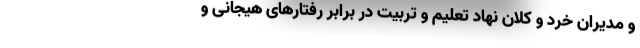
و مدیران خرد و کلان نهاد تعلیم و تربیت در برابر رفتارهای هیجانی و